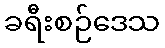
ခရီးစဉ်ဒေသ